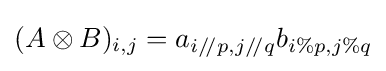
(A\otimes B)_{i,j}=a_{i/\!/p,j/\!/q}b_{i\%p,j\%q}